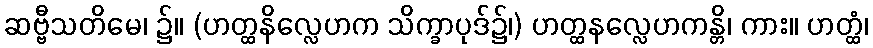
ဆဗ္ဗီသတိမေ၊ ၌။ (ဟတ္ထနိလ္လေဟက သိက္ခာပုဒ်၌၊) ဟတ္ထနလ္လေဟကန္တိ၊ ကား။ ဟတ္ထံ၊